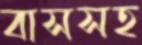
বাসসহ